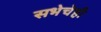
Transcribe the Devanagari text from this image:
सभेचेही